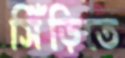
সিঁড়িতে